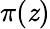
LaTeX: \pi(\mathit{z})